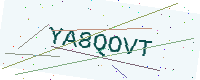
Text: YA8QOVT